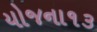
યોજના૧૩